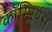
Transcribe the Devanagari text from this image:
कॉम्प्लियंस